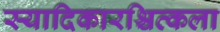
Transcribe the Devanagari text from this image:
स्यादिकारश्चित्कला